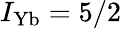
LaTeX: I_{\textrm{Yb}}=5/2